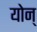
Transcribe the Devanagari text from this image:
योन्